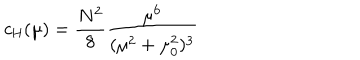
LaTeX: c _ { \mathrm { H } } ( \mu ) = { \frac { N ^ { 2 } } { 8 } } { \frac { \mu ^ { 6 } } { ( \mu ^ { 2 } + \mu _ { 0 } ^ { 2 } ) ^ { 3 } } }